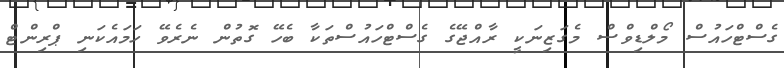
ގެސްޓްހައުސް މޯލްޑިވްސް މެގަޒިނަކީ ރާއްޖޭގެ ގެސްޓްހައުސްތަކާ ބެހޭ ގޮތުން ނެރެވޭ ހަމައެކަނި ޕްރިންޓް